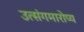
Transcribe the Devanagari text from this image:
उत्संगमारोप्य